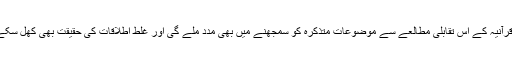
آیاتِ قرآنیہ کے اس تقابلی مطالعے سے موضوعات متذکرہ کو سمجھنے میں بھی مدد ملے گی اور غلط اطلاقات کی حقیقت بھی کھل سکے گی۔